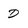
Character: D